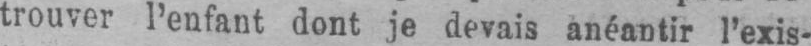
trouver l’enfant dont je devais anéantir l’exis-